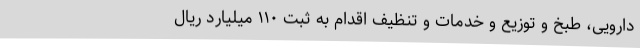
دارویی، طبخ و توزیع و خدمات و تنظیف اقدام به ثبت ۱۱۰ میلیارد ریال